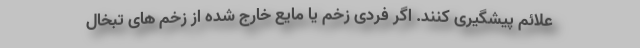
علائم پیشگیری کنند. اگر فردی زخم یا مایع خارج شده از زخم های تبخال